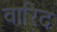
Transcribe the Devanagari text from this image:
वारिद